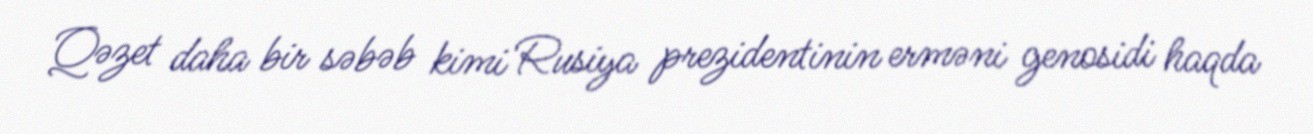
Qəzet daha bir səbəb kimi Rusiya prezidentinin erməni genosidi haqda